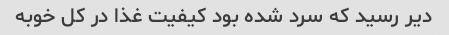
دیر رسید که سرد شده بود کیفیت غذا در کل خوبه